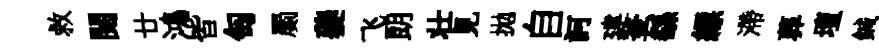
救閱廿鴻皆匋罽夔飞朗壮見拋自訶建釜繇縹滯葬壇鍼